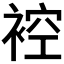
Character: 𧚬